King Institute of Preventive Medicine Micro-Biological Section reports 1909-11
Year: 1909
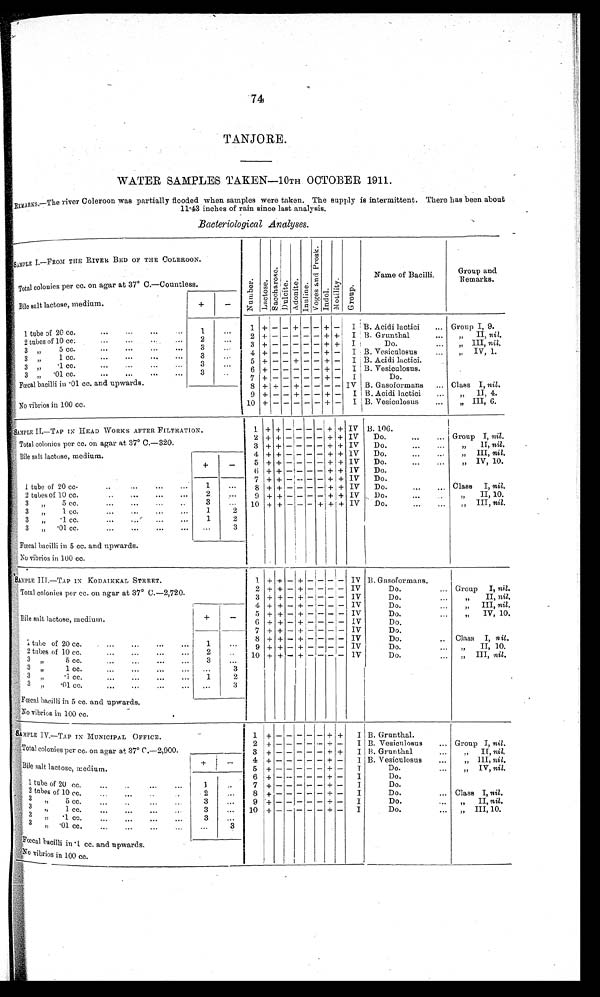
WATER SAMPLES TAKEN—10TH OCTOBER 1911
.
REMARKS.—T he river Coleroon was partially flooded when samples were taken. The supply is intermittent. There has been about
11.43 inches of rain since last analysis.
Bacteriological Analyses.
SAMPLE I.—FROM THE RIVER BED OF THE COLEROON.
N u m b e r .
L a c t o s e .
Sacchar ose.
D u l c i t e . A d o n i t e .
I n u l i n e .
V o g e s a n d P r o s k .
I n d o l .
M o t i l i t y .
G r o u p .
Name of Bacilli.
Group and
Remarks.
Total colonies per cc. on agar at 37° C.—Countless.
Bile salt lactose, medium.
+
-
B. Acidi lactici . . .
Group I, 9.
- + - I
1 + -
- +
-
1 tube of 20 cc. . . .
1
. . .
-
- - - - + +
I B. Grunthal . . . . . . . . .
" I I ,
n i l .
2
+
2
. . .
2 tubes of 10 cc . . . .
3
+ -
- - - - + +
I
D o . . . . . . . . "III, nil.
3
. . .
3 " 5 cc. . . .
+ -
- - - - + -
I B. Vesiculosus . . .
" I V , 1 .
4
3
. . .
3 " 1 cc.
5 + -
- + - - + -
I B. Acidi lnctici.
3
. . .
3 " . 1 c c . . . .
6
+ -
- - - - + -
I B. Vesiculosus.
3
. . .
3 " .01 cc. . . .
7 +
-
- - - - + -
I
D o .
Fœcal bacilli in .01 cc. and upwards.
8 + + - + - - - - IV B. Gasoformans . . .
Class I, n i l .
9
+ + - + - - + -
I B. Acidi lactici . . . . . .
" I I , 4 .
No vibrios in 100 cc.
10
+ - - - - - + -
I B. Vesiculosus . . .
"
III, 6.
SAMPLE II.—TAP IN HEAD WORKS AFTER FILTRATION.
1
+ +
- - - - +
+ IV
B . 1 0 6 . . . .
+ + - - - - + + IV Do. . . .
Group I, nil.
2
Total colonies per cc. on agar at 37° C.—320.
3 + + - - - - + + IV Do. . . .
" I I ,
n i l .
Bile salt lactose, medium.
+
-
4 + + - - - - + + IV Do. . . .
" III,n i l .
5 + + - - - - + + IV D o . . . .
" I V , 1 0 .
6 + + - - - - + + IV D o .
7 + + - - - - + + IV D o .
1
. . .
Do. . . . Class I, nil.
1 tube of 20 cc. . . .
8
++ - - - - + + IV
9 + + - - - - + + IV D o . . . .
" I , 1 0
.
2 tubes of 10 cc. . . .
2
. . .
IV Do. . . .
" I
n i l .
3
. . . 10 + + -
-
- - + +
3 " 5 cc. . . .
1
2
3 " 1 cc. . . .
1
2
3 " . 1 c c . . . .
. . .
3
3 " .01 cc. . . .
Fœcal bacilli in 5 cc. and upwards.
No vibrios in 100 cc.
SAMPLE III.—TAP IN KODAIKKAL STREET.
1 +
+ - +
- - - - IV B. Gasoformans.
2 + + - + - - - - IV
Do. . . .
Group I, nil.
Total colonies per cc. on agar at 37° C.—2,720.
3 + + - + - - -
-
IV
Do. . . .
" I I ,
n i l .
Bile salt lactose, medium.
+
-
4 + + - + - - - - IV
Do. . . .
" III, nil.
5 + + - + - - - - IV
Do. . . .
" IV, 10.
6 + + - + - - - - IV
Do. . . .
7 + + - + - - - - IV
Do. . . .
8 + + - + - - - - IV
Do. . . .
Class I, n il.
1 tube of 20 cc. . . .
1
. . .
9 + + - + - - - - IV
Do. . . .
" II, 10.
2 tubes of 10 cc. . . .
2
. . . 10 + + - + - - - - IV
Do. . . .
" III, nil.
3
3 "
5 cc. . . .
. . .
. . .
. . .
3
" 1cc. . . .
3 " . 1 c c . . . .
1
2
3 " . 0 1 c c . . . .
. . . 3
Fœcal bacilli in 5 cc. and upwards.
No vibrios in 100 cc.
SAMPLE IV.—TAP IN MUNICIPAL OFFICE.
1
+
+
- - - -
+ +
I B. Grunthal.
2 + + - - - - + - I B. Vesiculosus . . . Group I, nil.
Total colonies per cc. on agar at 37° C.—2,900.
3 + + - - - - - + + I B. Grunthal
" I I , n i l .
Bile salt lactose, medium.
+
-
4 + + - - - - + -
I B. Vesiculosus . . . " III, nil.
5 + +
- - - - + -
I
Do. . . .
" IV, nil.
+ +
- - - - + - I
6
D o .
1 tube of 20 cc. . . .
1
. . .
7 + +
- - - - + - I
D o
2 tubes of 10 cc. . . .
+ + - - - - + -
Do
Class I, ni l .
8
I
2
. . .
3 " 5 c c . . . .
3
9 + + - - - - + - I
D o
" I I ,
n i l .
. . .
3 "
1 cc. . . .
3
+ +
- - - - + - I
Do. . . .
" III, 10.
10
. . .
3 " . 1 c c . . . .
3
. . .
3 " . 0 1 c c . . . .
. . .
3
Fœcal bacilli in .1 cc. and upwards.
No vibrios in 100 cc.